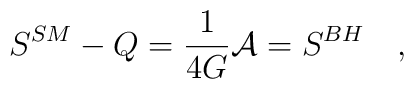
S^{SM}-Q={1 \over 4G}{\cal A}=S^{BH}~~~,